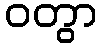
ဝတွာ